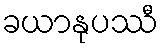
ခယာနုပဿီ